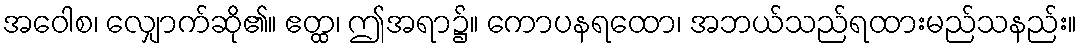
အဝေါစ၊ လျှောက်ဆို၏။ ဧတ္ထ၊ ဤအရာ၌။ ကောပနရထော၊ အဘယ်သည်ရထားမည်သနည်း။